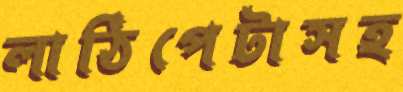
লাঠিপেটাসহ